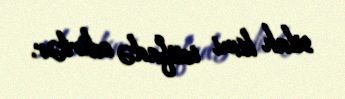
silah kimi istifadə edirlər.